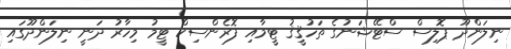
ނިލަންދޫ ޕޮލިސް ސްޓޭޝަނުގެ ތަހުޤީޤު ޓީމާއި ފޮރެންސިކް ޓީމު މިހާރު ދަނީ ނިލަންދޫގައި